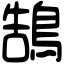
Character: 鵠